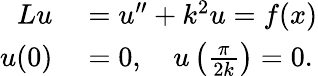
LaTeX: \begin{array}{rl}{Lu}&{{}=u^{\prime\prime}+k^{2}u=f(x)}\\ {u(0)}&{{}=0,\quad u\left({\frac{\pi}{2k}}\right)=0.}\end{array}